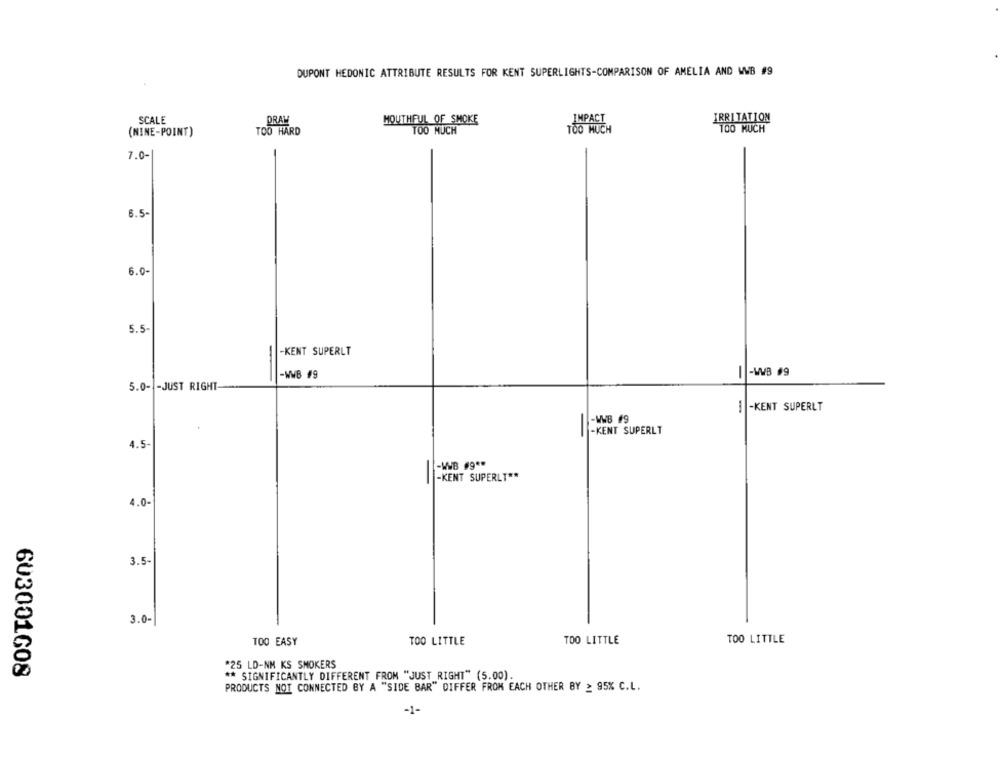
DUPONT HEDONIC ATTRIBUTE RESULTS FOR KENT SUPERLIGHTS-COMPARISON OF AMELIA AND WWB #9
SCALE
MOUTHFUL OF SMOKE
PRAW
TOO MUCH
IRRITATION
(NINE-POINT)
TOO HARD
TOO MUCH
7.0-
6.5-
6.0-
5.5
-KENT SUPERLT
-WWB #9
5.0- - JUST RIGHT
1-KENT SUPERLT
-WWB #9
-KENT SUPERLT
4.5-
-WWB #9 **
-KENT SUPERLT **
-
4.0-
3.5-
3.0-
TOO EASY
TOO LITTLE
TOO LITTLE
TOO LITTLE
*25 LD-NM KS SMOKERS
603001608
** SIGNIFICANTLY DIFFERENT FROM "JUST RIGHT" (5.00).
PRODUCTS NOT CONNECTED BY A "SIDE BAR" DIFFER FROM EACH OTHER BY > 95% C.L.
-1-